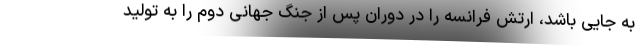
به جایی باشد، ارتش فرانسه را در دوران پس از جنگ جهانی دوم را به تولید